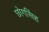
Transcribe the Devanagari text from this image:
छोगसिंह